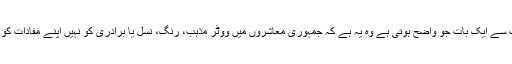
اس پوری بحث سے ایک بات جو واضح ہوتی ہے وہ یہ ہے کہ جمہوری معاشروں میں ووٹر مذہب، رنگ، نسل یا برادری کو نہیں اپنے مفادات کو ووٹ دیتا ہے۔